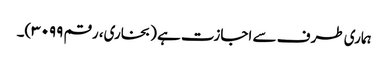
ہماری طرف سے اجازت ہے (بخاری، رقم ۳۰۹۹)۔